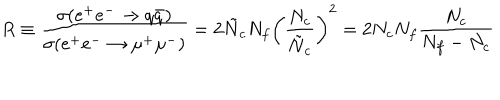
LaTeX: R \equiv \frac { \sigma ( e ^ { + } e ^ { - } \rightarrow q \bar { q } ) } { \sigma ( e ^ { + } e ^ { - } \rightarrow \mu ^ { + } \mu ^ { - } ) } = 2 \tilde { N } _ { c } N _ { f } \left( \frac { N _ { c } } { \tilde { N } _ { c } } \right) ^ { 2 } = 2 N _ { c } N _ { f } \frac { N _ { c } } { N _ { f } - N _ { c } }